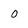
Character: 0